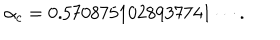
\alpha _ { c } = 0 . 5 7 0 8 7 5 1 0 2 8 9 3 7 7 4 1 \cdots .